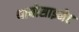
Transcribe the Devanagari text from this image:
थायोसाइनेट